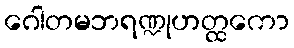
ဂေါတမဘရဏ္ဍုဟတ္ထကော